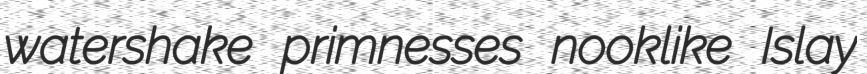
watershake primnesses nooklike Islay